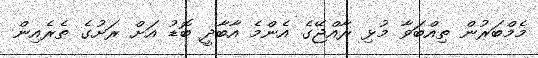
މެމްބަރުން ތިއްބަވާ މުޅި ރާއްޖޭގެ އެންމެ އާބާދީ ބޮޑު އަށް ރަށުގެ ތެރެއިން